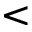
<